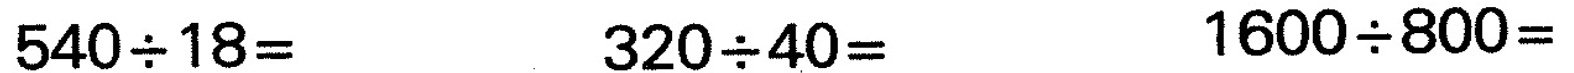
$$5 4 0 {\div} 1 8 =$$ $$3 2 0 {\div} 4 0 =$$ $$1 6 0 0 {\div} 8 0 0 =$$